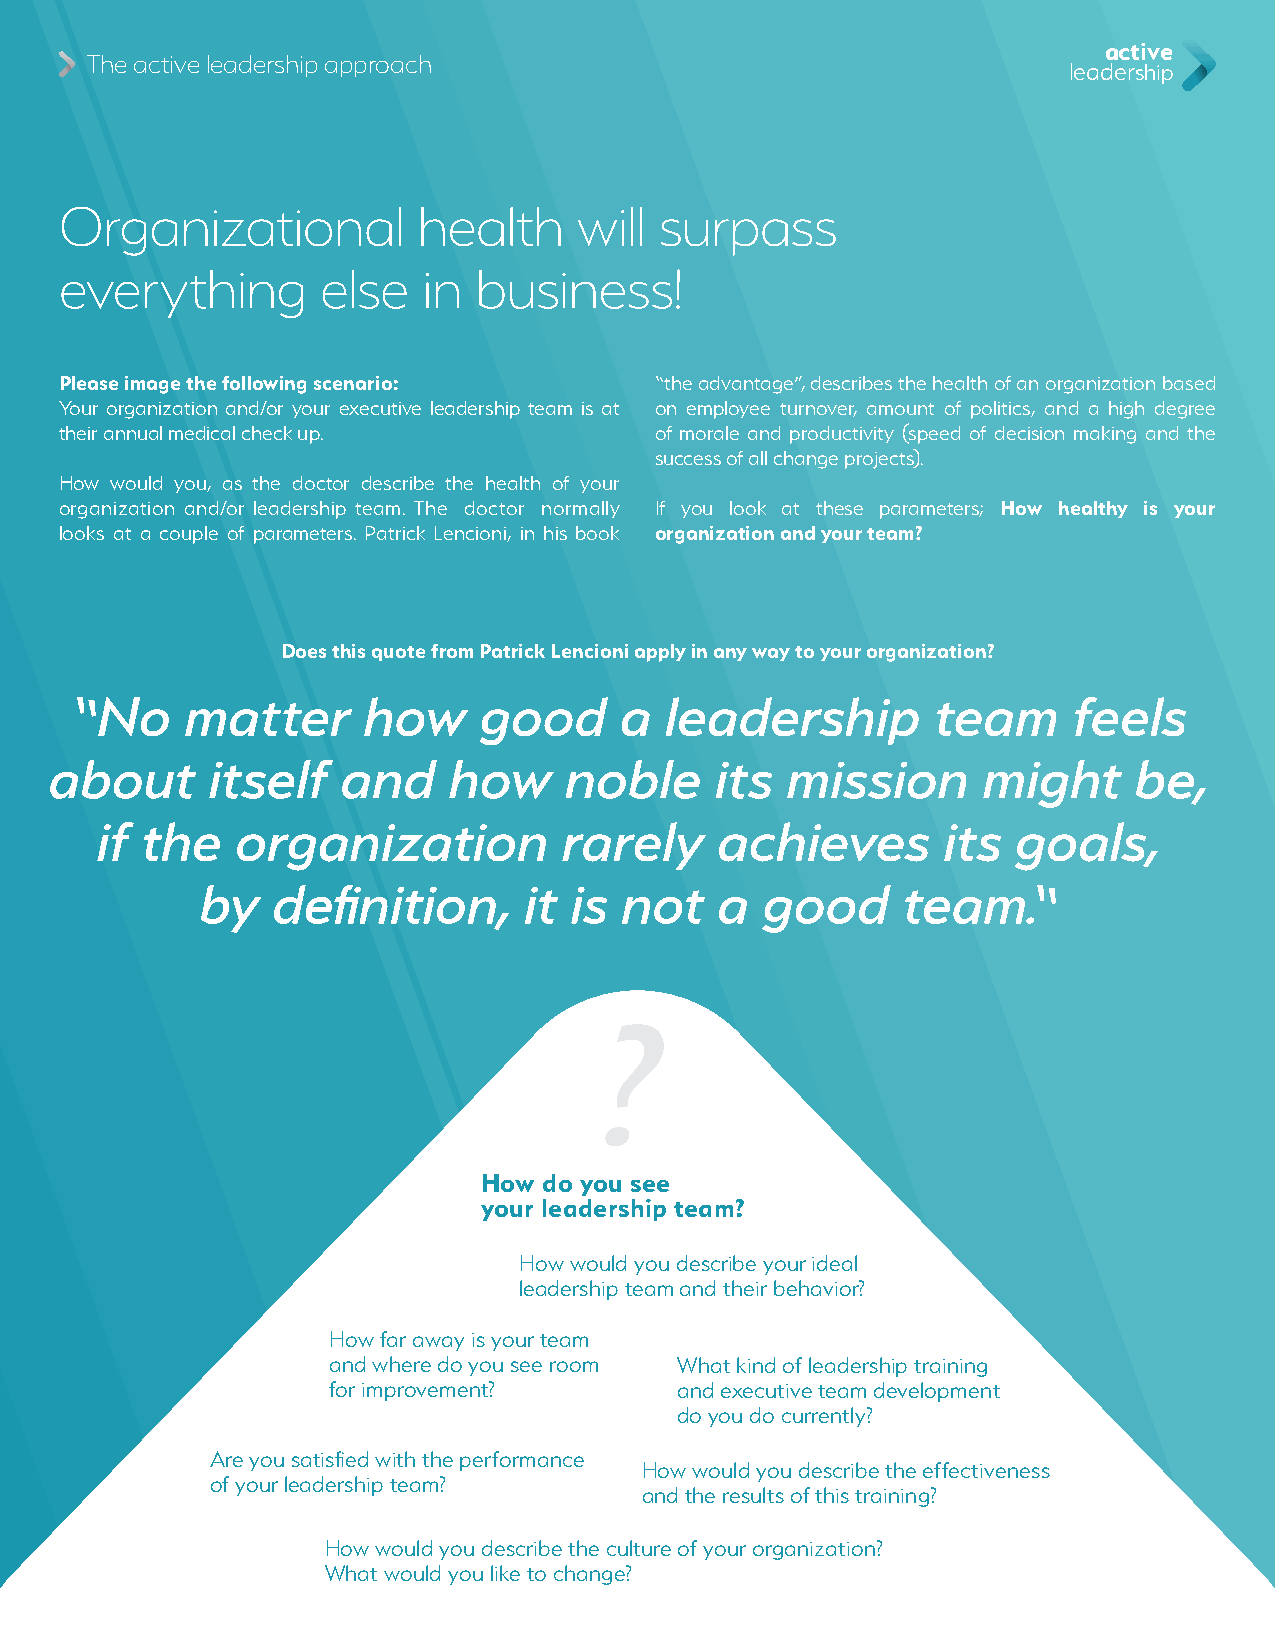
active
 The active leadership approach
 leadership
 Organizational          health    will  surpass
 everything       else   in  business!
 Please image the following scenario:   “the advantage”, describes the health of an organization based
 Your organization and/or your executive leadership team is at on employee turnover, amount of politics, and a high degree
 their annual medical check up.         of morale and productivity (speed of decision making and the
 success of all change projects).
 How would you, as the doctor describe the health of your
 organization and/or leadership team. The doctor normally If you look at these parameters; How healthy is your
 looks at a couple of parameters. Patrick Lencioni, in his book organization and your team?
 Does this quote from Patrick Lencioni apply in any way to your organization?
 “No    matter      how     good     a  leadership        team     feels
 about      itself   and    how    noble     its  mission      might     be,
 if the    organization         rarely     achieves       its goals,
 by   definition,      it is not    a  good     team.“
 How do you see
 your leadership team?
 How would you describe your ideal
 leadership team and their behavior?
 How far away is your team
 and where do you see room What kind of leadership training
 for improvement?       and executive team development
 do you do currently?
 Are you satisfied with the performance
 How would you describe the effectiveness
 of your leadership team?
 and the results of this training?
 How would you describe the culture of your organization?
 What would you like to change?